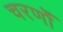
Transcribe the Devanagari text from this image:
चरणोँ